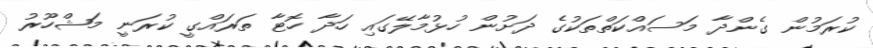
ކުރަމުން ގެންދާ މަސައްކަތްތަކުގެ ދަށުން ހުޅުމާލޭގައި ހަދާ ހޮޓާ ތަރައްގީ ކުރަނީ މަޝްހޫރު